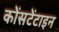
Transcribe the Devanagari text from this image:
कोंसटेंटाइन